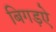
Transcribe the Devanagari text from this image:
बिगड़ऐ